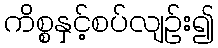
ကိစ္စနှင့်စပ်လျဉ်း၍